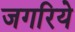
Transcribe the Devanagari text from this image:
जगरिये